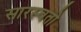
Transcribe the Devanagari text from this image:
सारस्वतो